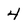
Character: 4